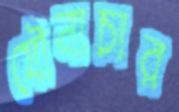
যৌনাচার